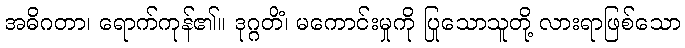
အဓိဂတာ၊ ရောက်ကုန်၏။ ဒုဂ္ဂတိံ၊ မကောင်းမှုကို ပြုသောသူတို့ လားရာဖြစ်သော